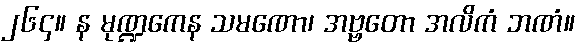
၂၆၄။ န မုဏ္ဍကေန သမဏော၊ အဗ္ဗတော အလိကံ ဘဏံ။